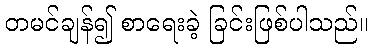
တမင်ချန်၍ စာရေးခဲ့ ခြင်းဖြစ်ပါသည်။